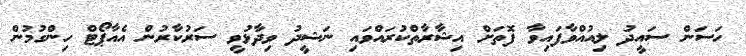
ހަސަން ސައީދު ލިއުއްވާފައިވާ ފޮތަށް އިޝާރާތްކުރައްވައި ނަޝީދު ވިދާޅުވީ ސަރުކާރުން އެއާޕޯޓް ހިންގުމުން